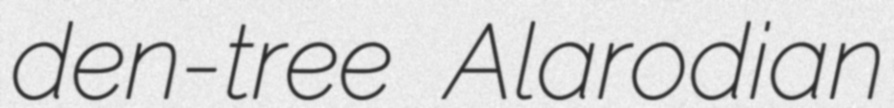
den-tree Alarodian